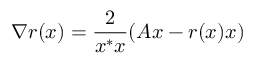
\nabla r ( x ) = { \frac { 2 } { x ^ { * } x } } ( A x - r ( x ) x )